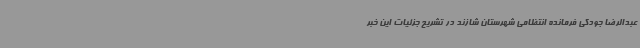
عبدالرضا جودکی فرمانده انتظامی شهرستان شازند در تشریح جزئیات این خبر